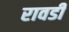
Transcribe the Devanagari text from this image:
रावडी